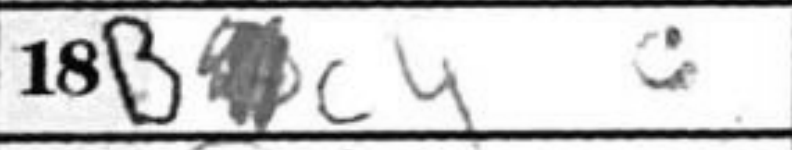
Transcription: Bc4